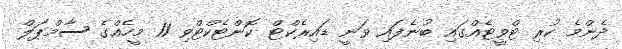
ދެންމެ ކުރި ޓްވީޓެއްގައި ބުނެފައި ވަނީ ޑައިރެކްޓް ކޮންޓެކްޓްވި 11 މީހެއްގެ ސާމްޕަލް